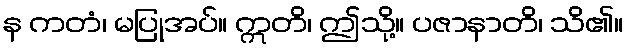
န ကတံ၊ မပြုအပ်။ ဣတိ၊ ဤသို့။ ပဇာနာတိ၊ သိ၏။